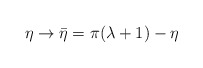
\begin{align*}\eta\rightarrow\bar{\eta}=\pi (\lambda +1)-\eta\end{align*}